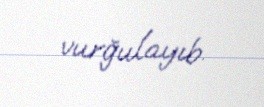
vurğulayıb.